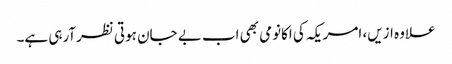
علاوہ ازیں، امریکہ کی اکانومی بھی اب بے جان ہوتی نظرآرہی ہے۔